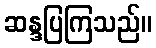
ဆန္ဒပြကြသည်။